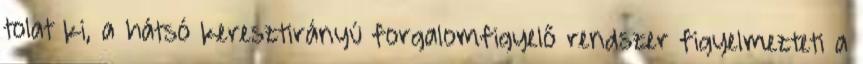
tolat ki, a hátsó keresztirányú forgalomfigyelő rendszer figyelmezteti a